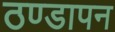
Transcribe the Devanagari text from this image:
ठण्‍डापन